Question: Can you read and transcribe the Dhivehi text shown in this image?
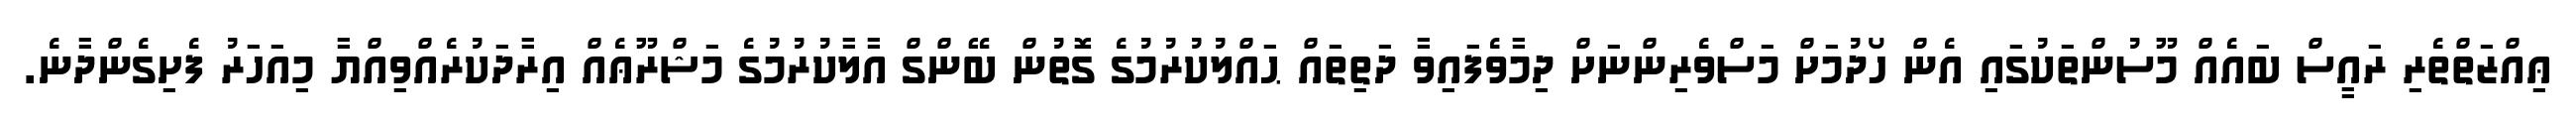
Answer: ޢިއްޒަތްތެރި ރައީސް ބައެއް މޫސުންތަކުގައި އެން ހޯދުމަށް މަސްވެރިންނަށް ދިމާވެފައިވާ ދަތިތައް ޙައްލުކުރުމުގެ ގޮތުން ބޭންގް އާލާކުރުމުގެ މަޝްރޫޢެއް އިރާދަކުރެއްވިއްޔާ މިއަހަރު ފެށިގެންދާނެ.